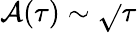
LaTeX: \mathcal{A}(\tau)\sim\sqrt{}{{\tau}}